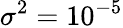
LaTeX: \sigma^{2}=10^{-5}